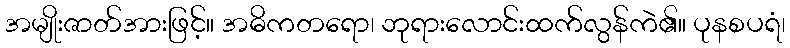
အမျိုးဇာတ်အားဖြင့်။ အဓိကတရော၊ ဘုရားလောင်းထက်လွန်ကဲ၏။ ပုနစပရံ၊